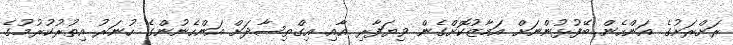
ރަށްރަށުގެ އަންހެން ބޭފުޅުންނަށް އަމާޒުކޮށްގެން ވިޔަފާރި އާއި އިގްތިސާދަށް އަންހެނުންގެ ހުނަރު އިތުރުކުރުމުގެ